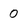
Character: 0